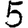
Digit: 5